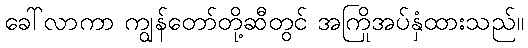
ခေါ်လာကာ ကျွန်တော်တို့ဆီတွင် အကြိုအပ်နှံထားသည်။